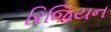
રિજિયન